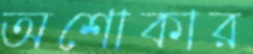
অশোকার